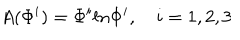
A ( \Phi ^ { i } ) = \Phi ^ { i } l n \Phi ^ { i } , \quad i = 1 , 2 , 3